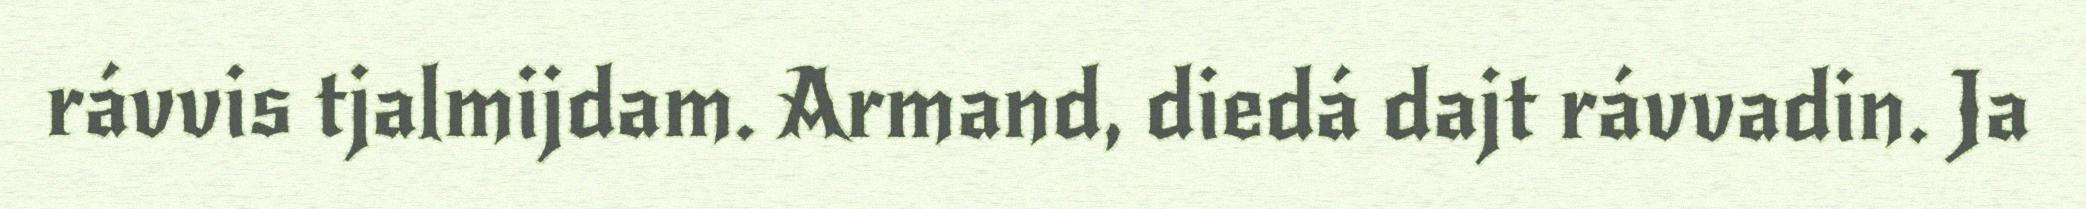
rávvis tjalmijdam. Armand, diedá dajt rávvadin. Ja